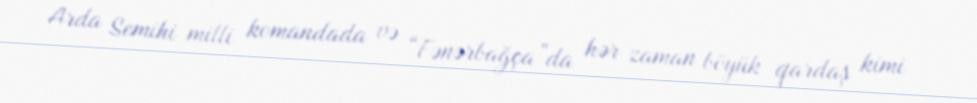
Arda Semihi milli komandada və “Fənərbağça”da hər zaman böyük qardaş kimi